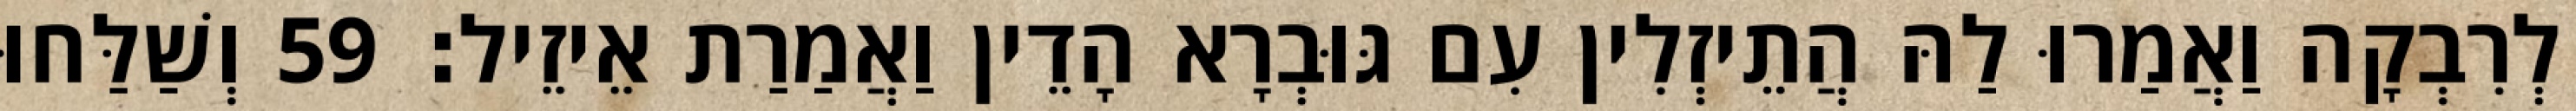
לְרִבְקָה וַאֲמַרוּ לַהּ הֲתֵיזְלִין עִם גּוּבְרָא הָדֵין וַאֲמַרַת אֵיזֵיל׃ 59 וְשַׁלַּחוּ